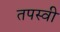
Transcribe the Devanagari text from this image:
तपस्‍वी